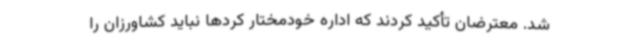
شد. معترضان تأکید کردند که اداره خودمختار کردها نباید کشاورزان را